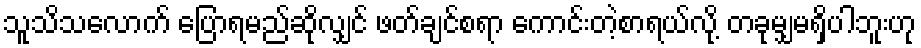
သူသိသလောက် ပြောရမည်ဆိုလျှင် ဖတ်ချင်စရာ ကောင်းတဲ့စာရယ်လို့ တခုမျှမရှိပါဘူးဟု